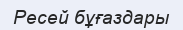
Ресей бұғаздары